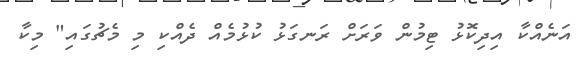
އަނެއްކާ އިދިކޮޅު ޓިމުން ވަރަށް ރަނގަޅު ކުޅުމެއް ދެއްކި މި މެޗުގައި" މިކާ